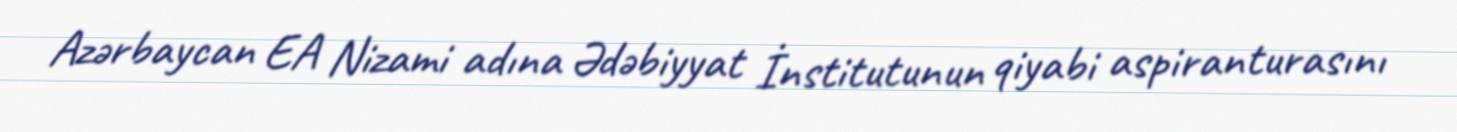
Azərbaycan EA Nizami adına Ədəbiyyat İnstitutunun qiyabi aspiranturasını